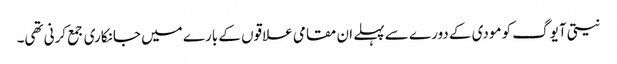
نیتی آیوگ کو مودی کے دورے سے پہلے ان مقامی علاقوں کے بارے میں جانکاری جمع کرنی تھی۔